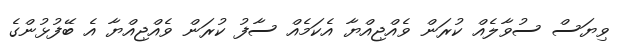
ވިޔަސް ސުވާލެއް ކުރަން ވެއްޖިއްޔާ އެކަމެއް ސާފު ކުރަން ވެއްޖިއްޔާ އެ ބޭފުޅުންގެ